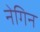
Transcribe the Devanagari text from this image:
नेगिन